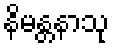
နိမန္တနာသု